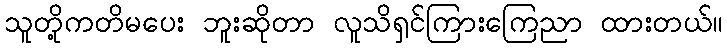
သူတို့ကတိမပေး ဘူးဆိုတာ လူသိရှင်ကြားကြေညာ ထားတယ်။